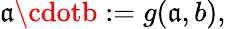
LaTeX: \mathfrak{a}\cdotb:=g(\mathfrak{a},b),